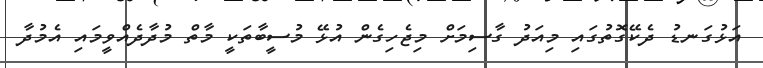
އަޅުގަނޑު ދެކޭގޮތުގައި މިއަދު ގާސިމަށް މިޖެހިގެން އުޅޭ މުސީބާތަކީ މާތް މުދާދެއްވީމައި އެމުދާ